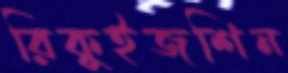
রিকুইজশিন